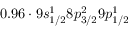
0 . 9 6 \cdot 9 s _ { 1 / 2 } ^ { 1 } 8 p _ { 3 / 2 } ^ { 2 } 9 p _ { 1 / 2 } ^ { 1 }